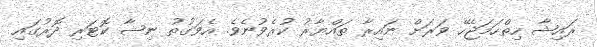
ރައިޝާ ހިތްހަމަޖެހޭ ވަރަށް ނައިރާ ތައްޔާރު ކުރެވުނެވެ. އެވަގުތު ނިޝާ ކޮޓަރި ދޮރުގައި